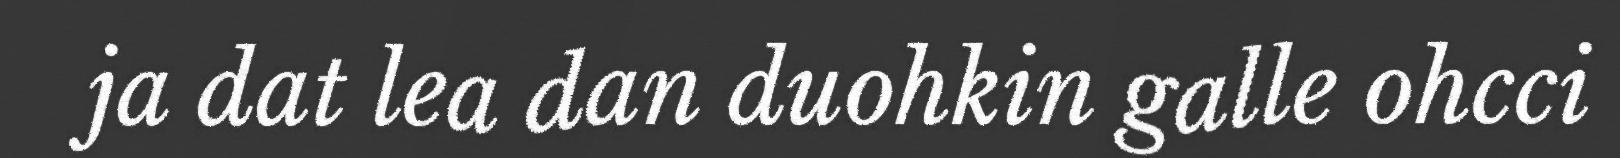
ja dat lea dan duohkin galle ohcci